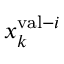
x _ { k } ^ { \mathrm { v a l } - i }